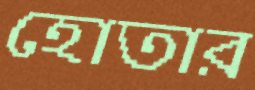
হোতার